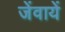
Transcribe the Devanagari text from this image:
जेंवायें